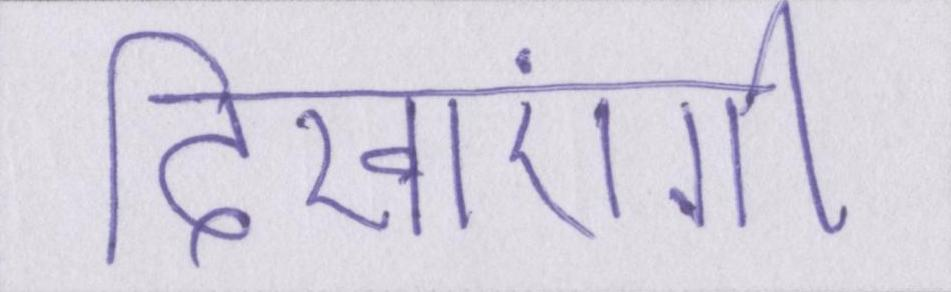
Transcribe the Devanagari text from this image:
दिखाएंगी